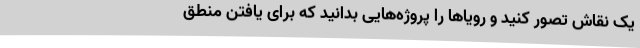
یک نقاش تصور کنید و رویاها را پروژه‌هایی بدانید که برای یافتن منطق